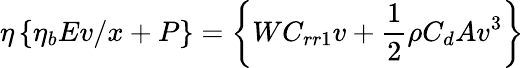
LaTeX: \eta\left\{ \eta_{b}Ev/x+P\right\} =\left\{ WC_{rr1}v+{\frac{1}{2}}\rho C_{d}Av^{3}\right\}